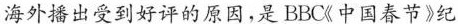
海外播出受到好评的原因,是BBC《中国春节》纪